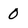
Character: 0